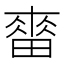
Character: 𤲷